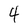
Character: 4